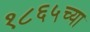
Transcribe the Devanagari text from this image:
१८६५च्या